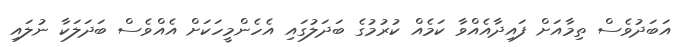
އަބަދުވެސް ތިމާއަށް ފައިދާއެއްވާ ކަމެއް ކުރުމުގެ ބަދަލުގައި އެހެންމީހަކަށް އެއްވެސް ބަދަލަކާ ނުލައި